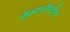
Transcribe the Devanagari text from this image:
कॅल्गारीमधील